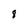
Character: 8